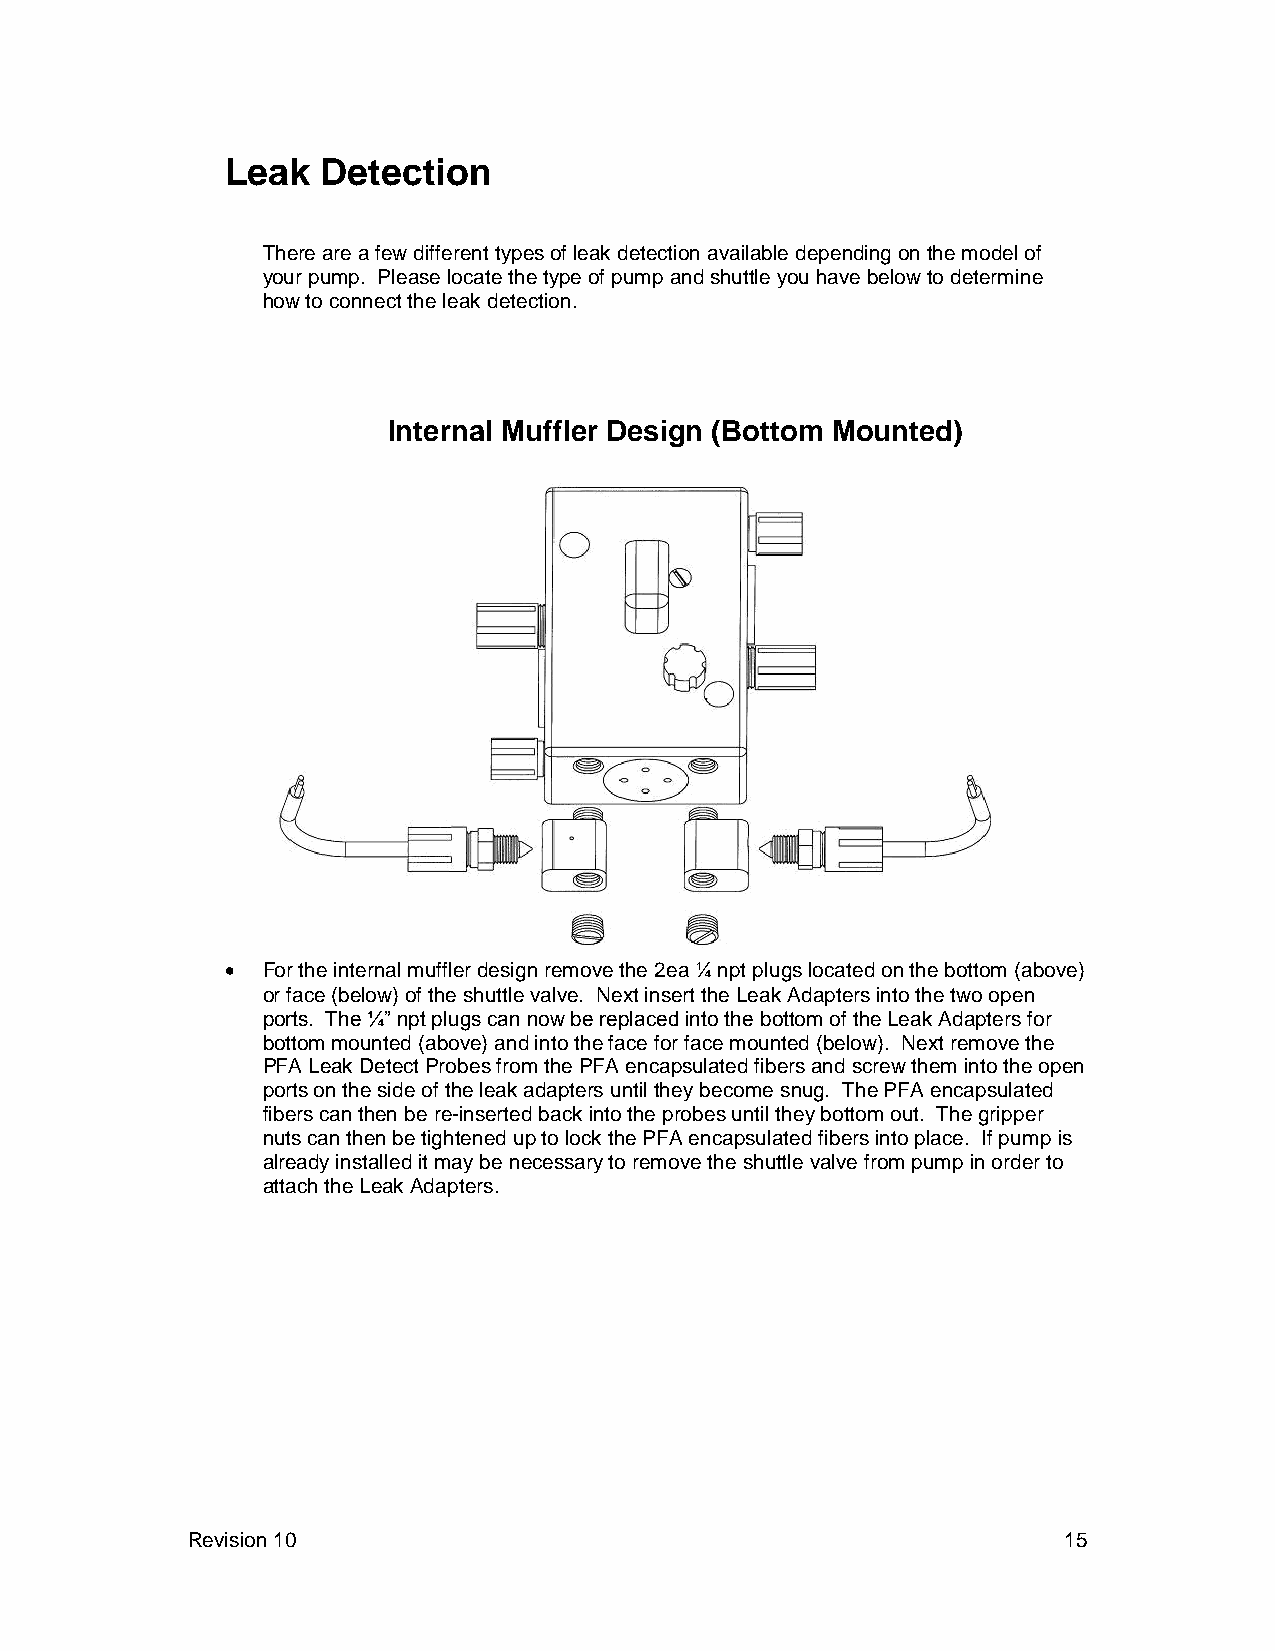
Leak  Detection
 There are a few different types of leak detection available depending on the model of
 your pump. Please locate the type of pump and shuttle you have below to determine
 how to connect the leak detection.
 Internal Muffler Design (Bottom Mounted)
  For the internal muffler design remove the 2ea ¼ npt plugs located on the bottom (above)
 or face (below) of the shuttle valve. Next insert the Leak Adapters into the two open
 ports. The ¼” npt plugs can now be replaced into the bottom of the Leak Adapters for
 bottom mounted (above) and into the face for face mounted (below). Next remove the
 PFA Leak Detect Probes from the PFA encapsulated fibers and screw them into the open
 ports on the side of the leak adapters until they become snug. The PFA encapsulated
 fibers can then be re-inserted back into the probes until they bottom out. The gripper
 nuts can then be tightened up to lock the PFA encapsulated fibers into place. If pump is
 already installed it may be necessary to remove the shuttle valve from pump in order to
 attach the Leak Adapters.
 Revision 10                                               15